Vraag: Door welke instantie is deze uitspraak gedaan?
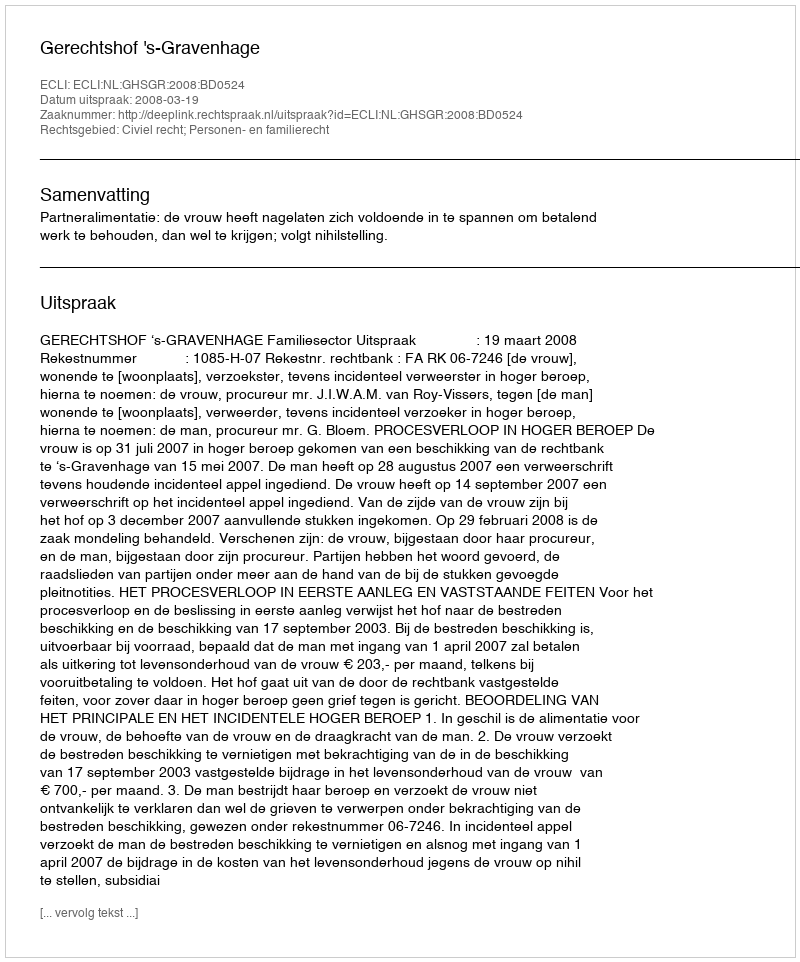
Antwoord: Gerechtshof 's-Gravenhage